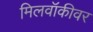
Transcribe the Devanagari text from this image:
मिलवॉकीवर